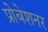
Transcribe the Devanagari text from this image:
प्रोबेशनर